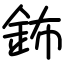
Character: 鈽